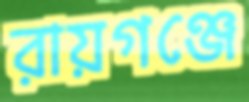
রায়গঞ্জে